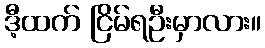
ဒီ့ထက် ငြိမ်ရဦးမှာလား။